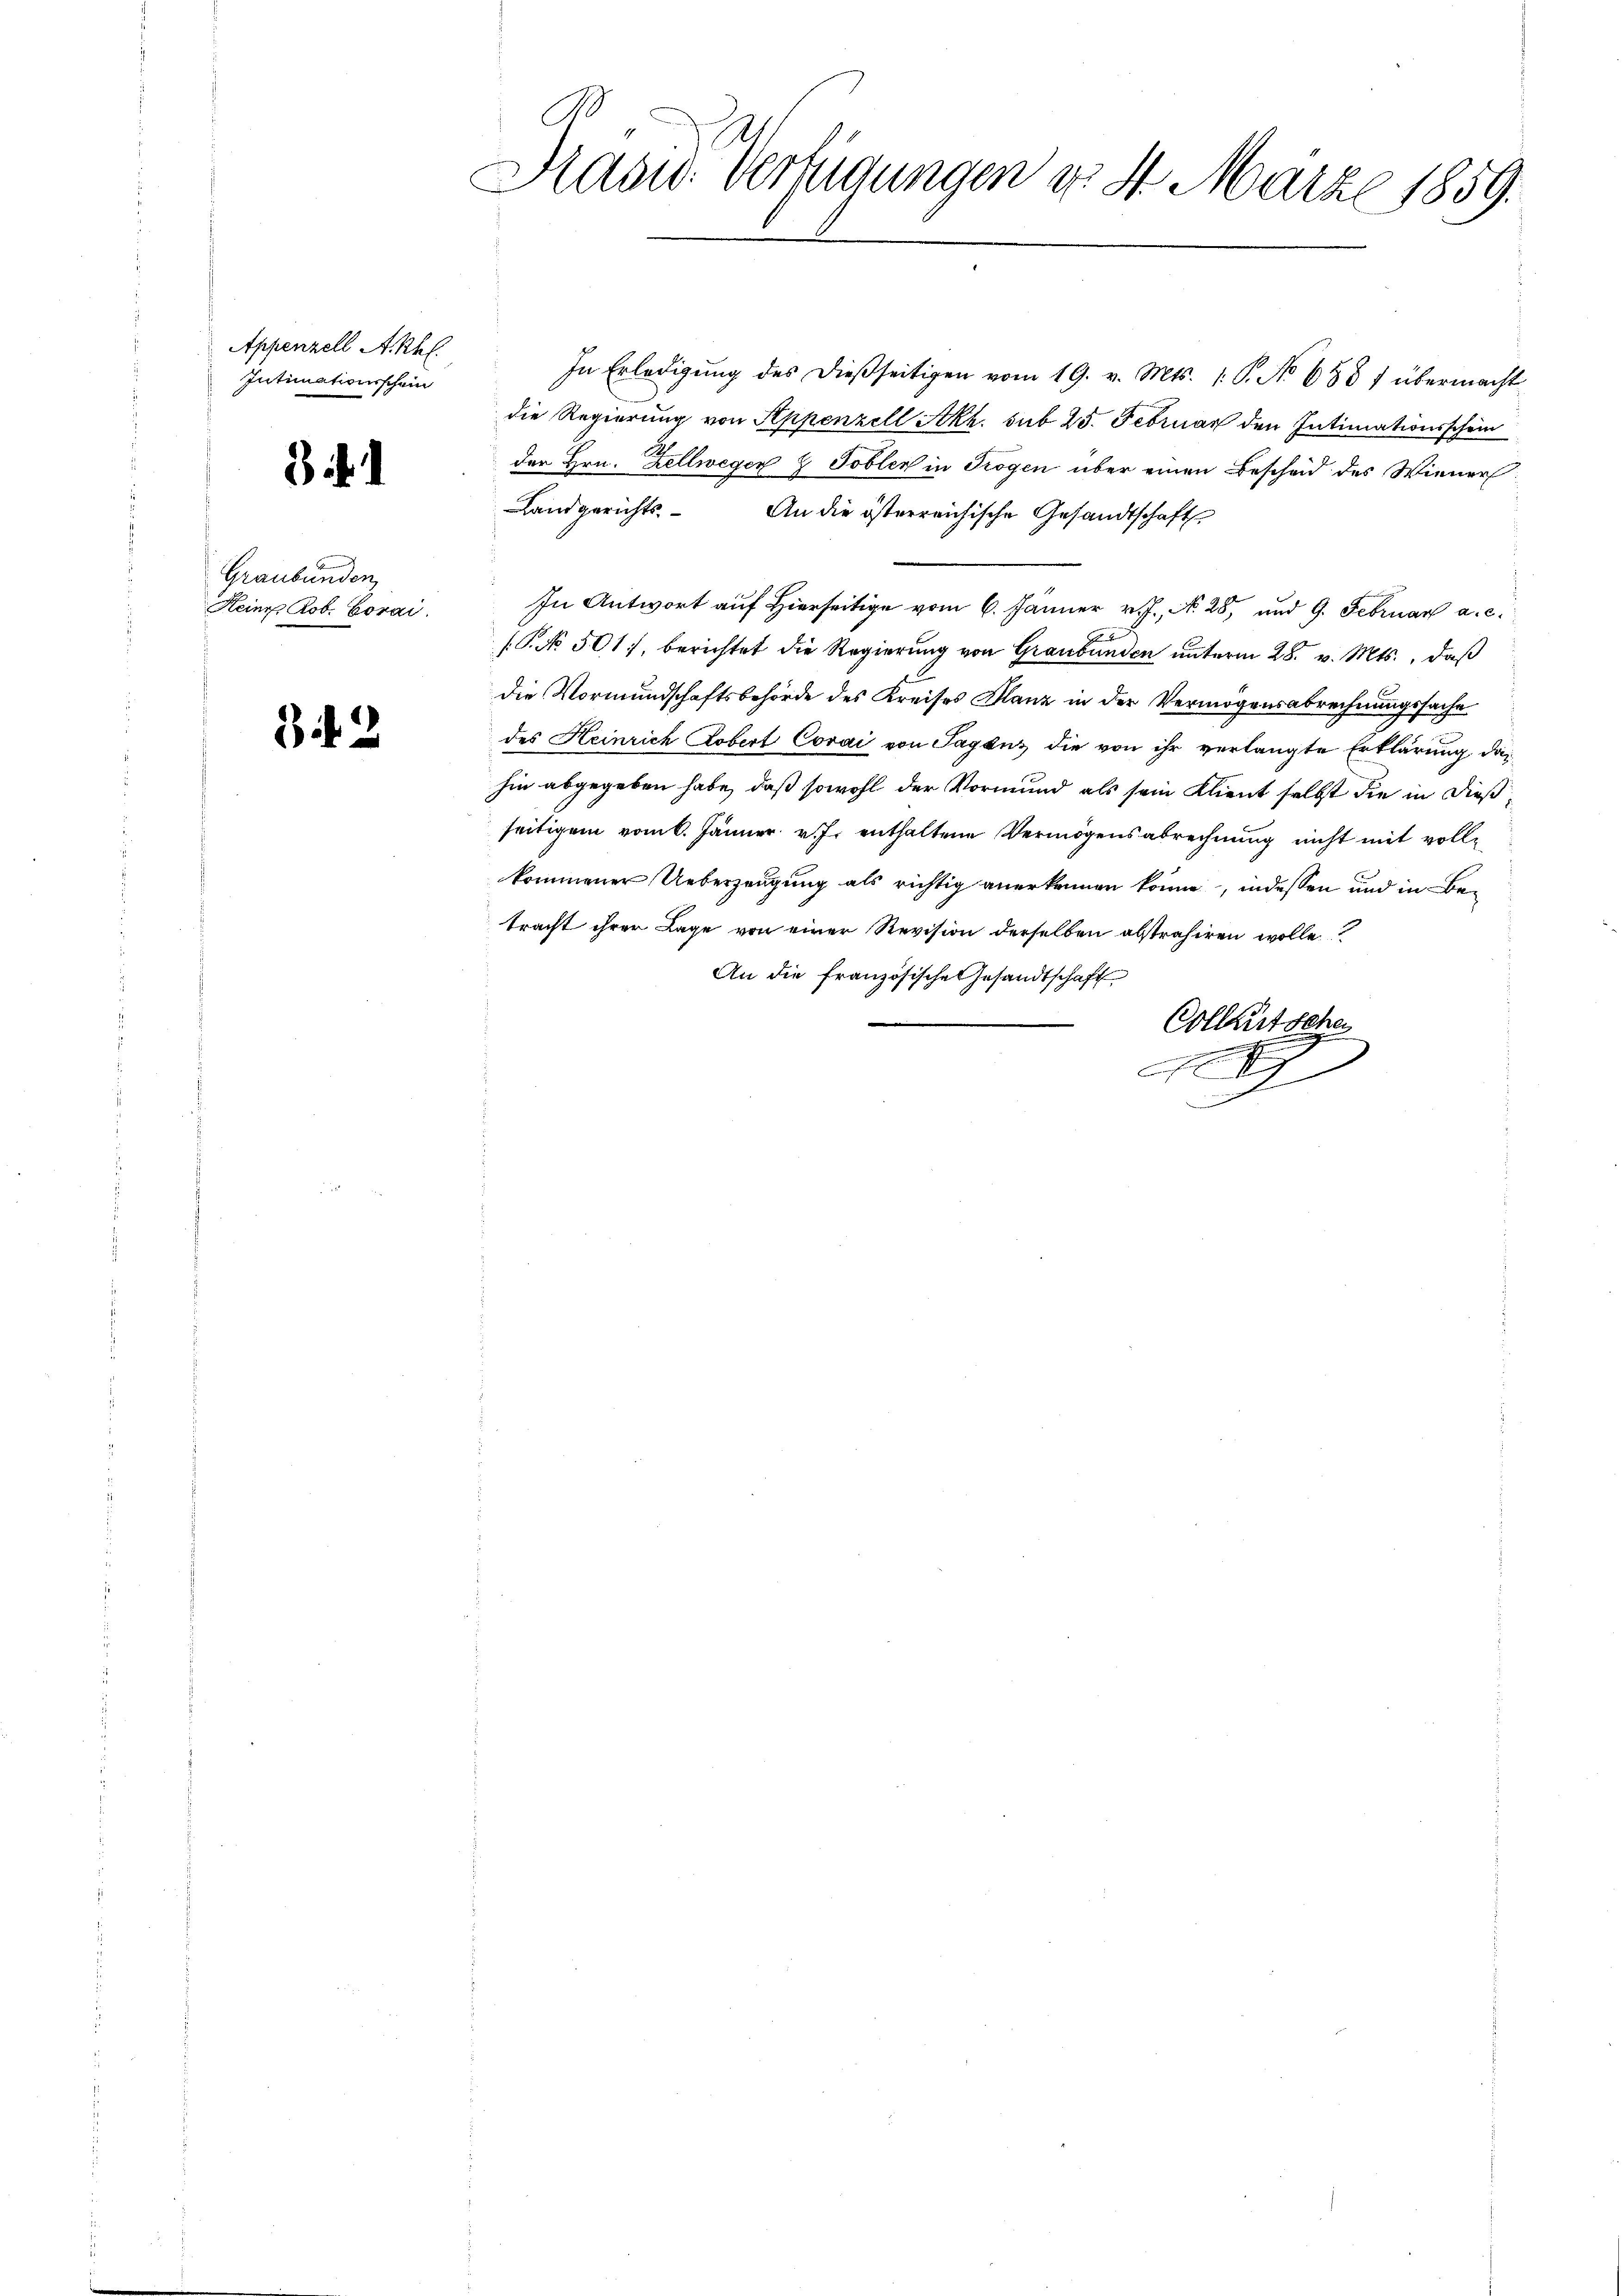
Appenzell Akhl.
Intimationsschein

3.

Graubünden,
Keine Rob. Borai

342

Präsid. Verfügungen d. 4. März 1859.

In Erledigŭng des dieβseitigen vom 19. v. Mts. 1. P. No 688 f übermacht
die Regierung von Appenzell Akh. sub 25. Februar den Intimationsschein
der Hrn. Zellwegen & Toblen in Trogen über einen Bescheid des Wiener
Landgerichts. An die österreichische Gesandtschaft
In Antwort auf Hierseitige vom 6. Jänner v. J., N. 28, und 9. Februar a. c.
I
(P. No. 501, berichtet die Regierung von Graubünden unterm 28. v. Mts., daß
die Vormundschaftsbehörde des Kreises Planz in der Vermögensabrechnungssache
des Heinrich Lobert Corai von Taganz die von ihr verlangte Erklärung dahin abgegeben habe, daß sowohl der Vormund als sein Klient selbst die in dieß
seitigem vom 6. Jänner v. J. enthaltene Vermögensabrechnung nicht mit vollkommener Ueberzeugung als richtig anerkennen könne, indessen und in Betracht ihrer Lage von einer Revision derselben abstrahiren wolle?
An die französische Gesandtschaft
Collentsche

.

3